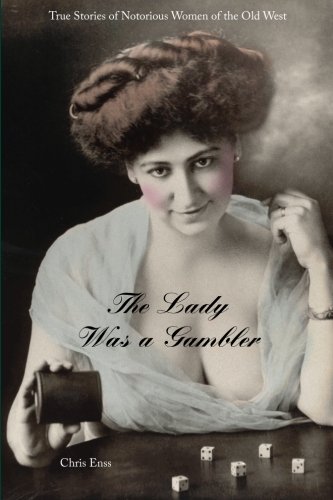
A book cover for Lady Was a Gambler: True Stories of Notorious Women of the Old West; Chris Enss; Humor & Entertainment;